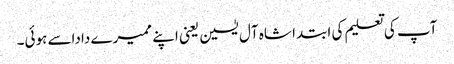
آپ کی تعلیم کی ابتدا شاہ آل یٰسین یعنی اپنے ممیرے داداسے ہوئی۔